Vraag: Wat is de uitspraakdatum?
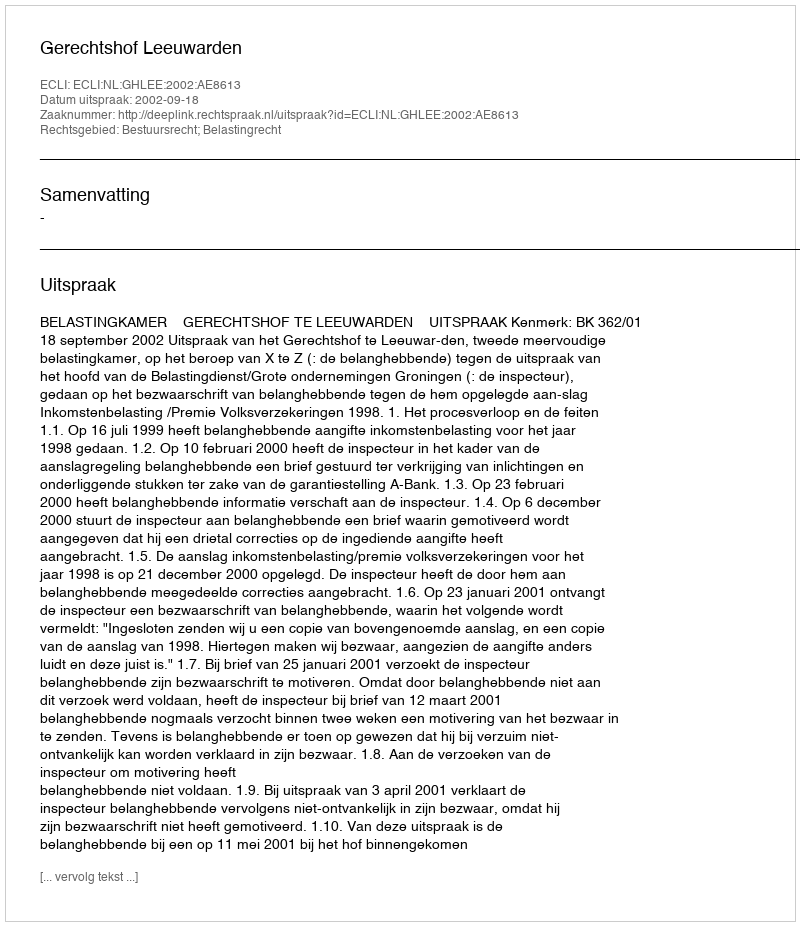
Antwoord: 2002-09-18